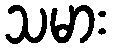
သမား